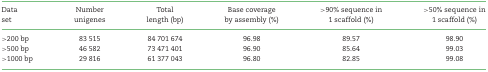
| Data | Number | Total | Base coverage | >90% sequence in | >50% sequence in |
 | set | unigenes | length (bp) | by assembly (%) | 1 scaffold (%) | 1 scaffold (%) |
 | --- | --- | --- | --- | --- | --- |
 | >200 bp | 83 515 | 84 701 674 | 96.98 | 89.57 | 98.90 |
 | >500 bp | 46 582 | 73 471 401 | 96.90 | 85.64 | 99.03 |
 | >1000 bp | 29 816 | 61 377 043 | 96.80 | 82.85 | 99.08 |